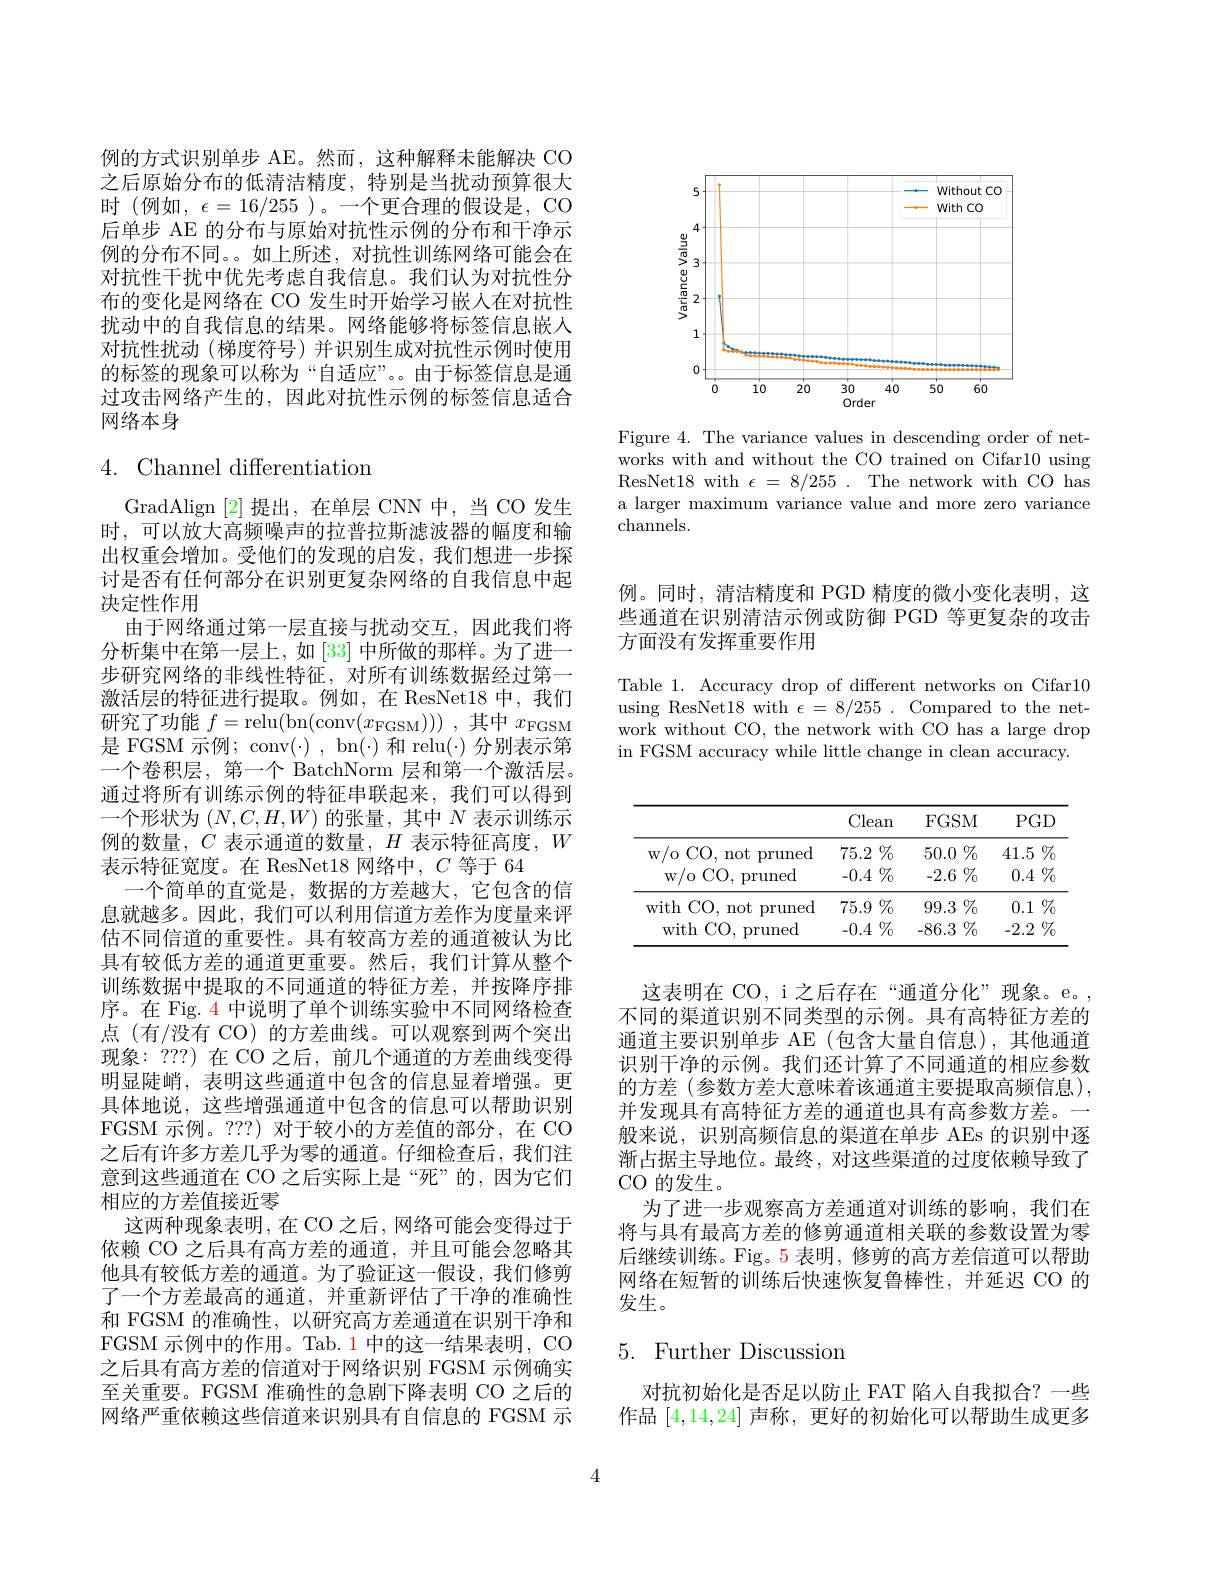
<FigureHere>

Figure 4. The variance values in descending order of networks with and without the CO trained on Cifar10 using ResNet18 with $\epsilon=8/255.$ The network with CO has a larger maximum variance value and more zero variance channels.

例的方式识别单步 AE。然而，这种解释未能解决 CO 之后原始分布的低清洁精度，特别是当扰动预算很大时 (例如$,\epsilon=16/255$ )。一个更合理的假设是，CO 后单步 AE 的分布与原始对抗性示例的分布和干净示例的分布不同。。如上所述，对抗性训练网络可能会在对抗性干扰中优先考虑自我信息。我们认为对抗性分布的变化是网络在 CO 发生时开始学习嵌入在对抗性扰动中的自我信息的结果。网络能够将标签信息嵌人对抗性扰动(梯度符号)并识别生成对抗性示例时使用的标签的现象可以称为“自适应”。由于标签信息是通过攻击网络产生的，因此对抗性示例的标签信息适合网络本身

# 4. Channel differentiation

GradAlign [2]提出，在单层 CNN 中，当 CO 发生时，可以放大高频噪声的拉普拉斯滤波器的幅度和输出权重会增加。受他们的发现的启发，我们想进一步探讨是否有任何部分在识别更复杂网络的自我信息中起决定性作用
由于网络通过第一层直接与扰动交互，因此我们将分析集中在第一层上，如[33] 中所做的那样。为了进一步研究网络的非线性特征，对所有训练数据经过第一激活层的特征进行提取。例如，在 ResNet18 中，我们研究了功能$f=$relu(bn(conv$(x_\mathrm{FGSM})))$,其中$x_\mathrm{FGSM}$ 是 FGSM 示例；conv(·) , bn(·) 和 relu(·) 分别表示第一个卷积层，第一个 BatchNorm 层和第一个激活层。通过将所有训练示例的特征串联起来，我们可以得到一个形状为$(N,C,H,W)$的张量，其中$N$表示训练示例的数量，$C$表示通道的数量，$H$表示特征高度，$W$ 表示特征宽度。在 ResNet18 网络中，$C$等于 64
一个简单的直觉是，数据的方差越大，它包含的信息就越多。因此，我们可以利用信道方差作为度量来评估不同信道的重要性。具有较高方差的通道被认为比具有较低方差的通道更重要。然后，我们计算从整个训练数据中提取的不同通道的特征方差，并按降序排序。在 Fig. 4 中说明了单个训练实验中不同网络检查点 (有/没有 CO) 的方差曲线。可以观察到两个突出现象：???) 在 CO 之后，前几个通道的方差曲线变得明显陡峭，表明这些通道中包含的信息显着增强。更具体地说，这些增强通道中包含的信息可以帮助识别FGSM 示例。???) 对于较小的方差值的部分，在 CO 之后有许多方差几乎为零的通道。仔细检查后，我们注意到这些通道在 CO 之后实际上是“死”的，因为它们相应的方差值接近零
这两种现象表明，在 CO 之后，网络可能会变得过于依赖 CO 之后具有高方差的通道，并且可能会忽略其他具有较低方差的通道。为了验证这一假设，我们修剪了一个方差最高的通道，并重新评估了干净的准确性和 FGSM 的准确性，以研究高方差通道在识别干净和FGSM 示例中的作用。Tab. 1 中的这一结果表明，CO 之后具有高方差的信道对于网络识别 FGSM 示例确实至关重要。FGSM 准确性的急剧下降表明 CO 之后的网络严重依赖这些信道来识别具有自信息的 FGSM 示

例。同时，清洁精度和 PGD 精度的微小变化表明，这些通道在识别清洁示例或防御 PGD 等更复杂的攻击## 方面没有发挥重要作用

Table 1. Accuracy drop of different networks on Cifar10 using ResNet18 with $\epsilon=8/255.$ Compared to the network without CO, the network with CO has a large drop in FGSM accuracy while little change in clean accuracy.

<table>
	<tbody>
		<tr>
			<th> </th>
			<th>Clean</th>
			<th>FGSM</th>
			<th>$PGD$</th>
		</tr>
		<tr>
			<td>w/ o CO, not pruned</td>
			<td>$75.2\%$</td>
			<td>$50.0\%$</td>
			<td>$41.5\%$ T</td>
		</tr>
		<tr>
			<td>$w/o$ CO, pruned</td>
			<td>$-0.4\%$</td>
			<td>$-2.6\%$</td>
			<td>$0.4\%$</td>
		</tr>
		<tr>
			<td>with ${\mathrm{~CO,~not}}$ pruned</td>
			<td>$75.9\%$</td>
			<td>$99.3\%$</td>
			<td>$\%$ 0.1</td>
		</tr>
		<tr>
			<td>with $CO,F$ pruned</td>
			<td>$-0.4\%$</td>
			<td>-86.3 $\%$</td>
			<td>-2.2 $\%$</td>
		</tr>
	</tbody>
</table>

这表明在 CO, i 之后存在“通道分化”现象。e。, 不同的渠道识别不同类型的示例。具有高特征方差的通道主要识别单步 AE (包含大量自信息),其他通道识别干净的示例。我们还计算了不同通道的相应参数的方差(参数方差大意味着该通道主要提取高频信息), 并发现具有高特征方差的通道也具有高参数方差。一般来说，识别高频信息的渠道在单步 AEs 的识别中逐渐占据主导地位。最终，对这些渠道的过度依赖导致了CO 的发生。
为了进一步观察高方差通道对训练的影响，我们在将与具有最高方差的修剪通道相关联的参数设置为零后继续训练。Fig。5 表明，修剪的高方差信道可以帮助网络在短暂的训练后快速恢复鲁棒性，并延迟 CO 的发生。

# 5. Further Discussion

对抗初始化是否足以防止 FAT 陷人自我拟合？一些作品[4,14,24]声称，更好的初始化可以帮助生成更多

4